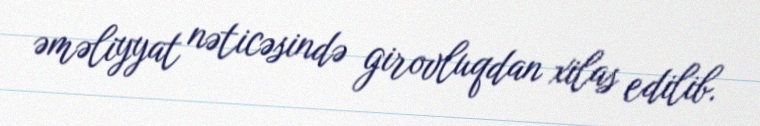
əməliyyat nəticəsində girovluqdan xilas edilib.